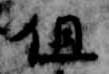
但